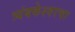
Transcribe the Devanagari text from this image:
त्र्यंबकेश्वरचा